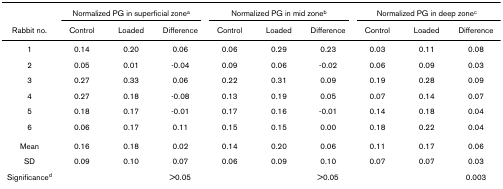
|  | <COLSPAN=3> Normalized PG in superficial zonea | <COLSPAN=3> Normalized PG in mid zoneb | <COLSPAN=3> Normalized PG in deep zonec |
 | Rabbit no. | Control | Loaded | Difference | Control | Loaded | Difference | Control | Loaded | Difference |
 | --- | --- | --- | --- | --- | --- | --- | --- | --- | --- |
 | 1 | 0.14 | 0.20 | 0.06 | 0.06 | 0.29 | 0.23 | 0.03 | 0.11 | 0.08 |
 | 2 | 0.05 | 0.01 | -0.04 | 0.09 | 0.06 | -0.02 | 0.06 | 0.09 | 0.03 |
 | 3 | 0.27 | 0.33 | 0.06 | 0.22 | 0.31 | 0.09 | 0.19 | 0.28 | 0.09 |
 | 4 | 0.27 | 0.18 | -0.08 | 0.13 | 0.19 | 0.05 | 0.07 | 0.14 | 0.07 |
 | 5 | 0.18 | 0.17 | -0.01 | 0.17 | 0.16 | -0.01 | 0.14 | 0.18 | 0.04 |
 | 6 | 0.06 | 0.17 | 0.11 | 0.15 | 0.15 | 0.00 | 0.18 | 0.22 | 0.04 |
 | Mean | 0.16 | 0.18 | 0.02 | 0.14 | 0.20 | 0.06 | 0.11 | 0.17 | 0.06 |
 | SD | 0.09 | 0.10 | 0.07 | 0.06 | 0.09 | 0.10 | 0.07 | 0.07 | 0.03 |
 | Significanced |  |  | >0.05 |  |  | >0.05 |  |  | 0.003 |